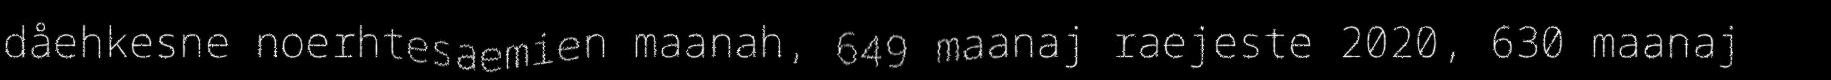
dåehkesne noerhtesaemien maanah, 649 maanaj raejeste 2020, 630 maanaj